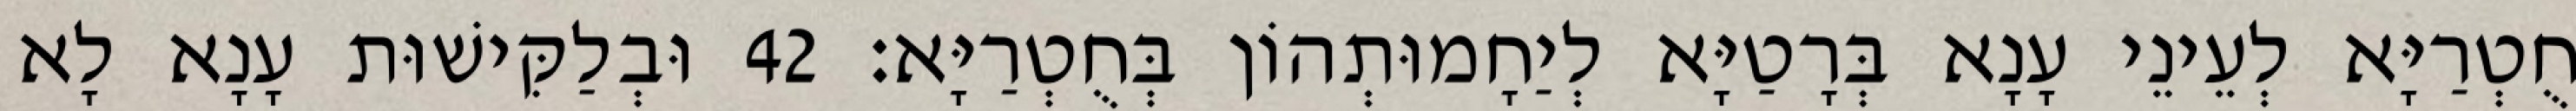
חֻטְרַיָּא לְעֵינֵי עָנָא בְּרָטַיָּא לְיַחָמוּתְהוֹן בְּחֻטְרַיָּא׃ 42 וּבְלַקִּישׁוּת עָנָא לָא